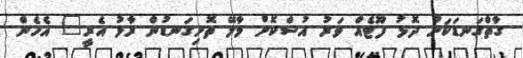
ގާތްގަނޑަކަށް ދޮޅު ފޫޓެއް ވަރު އުސްކޮށް މާލޭ ތޮށިގަނޑުން ރާޅު އެރީ" އެހެން